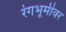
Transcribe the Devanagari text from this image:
रंंगभूमीवर